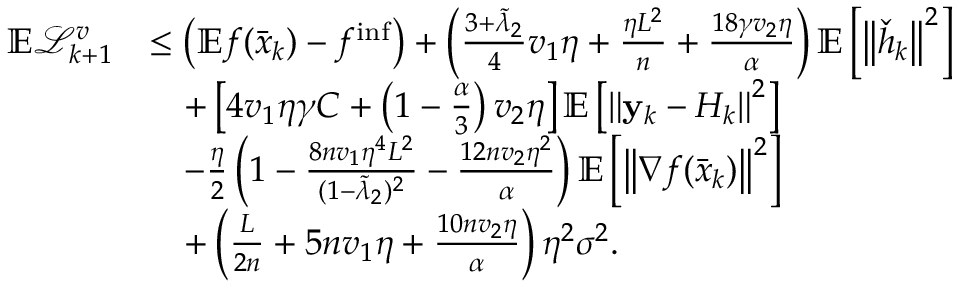
\begin{array} { r l } { \mathbb { E } \mathcal { L } _ { k + 1 } ^ { v } } & { \leq \left( \mathbb { E } f ( \bar { x } _ { k } ) - f ^ { \mathrm { i n f } } \right) + \left( \frac { 3 + \tilde { \lambda } _ { 2 } } { 4 } v _ { 1 } \eta + \frac { \eta L ^ { 2 } } { n } + \frac { 1 8 \gamma v _ { 2 } \eta } { \alpha } \right) \mathbb { E } \left[ \left\Vert \check { h } _ { k } \right\Vert ^ { 2 } \right] } \\ & { \quad + \left[ 4 v _ { 1 } \eta \gamma C + \left( 1 - \frac { \alpha } { 3 } \right) v _ { 2 } \eta \right] \mathbb { E } \left[ \left\Vert \mathbf { y } _ { k } - H _ { k } \right\Vert ^ { 2 } \right] } \\ & { \quad - \frac { \eta } { 2 } \left( 1 - \frac { 8 n v _ { 1 } \eta ^ { 4 } L ^ { 2 } } { ( 1 - \tilde { \lambda } _ { 2 } ) ^ { 2 } } - \frac { 1 2 n v _ { 2 } \eta ^ { 2 } } { \alpha } \right) \mathbb { E } \left[ \left\Vert \nabla f ( \bar { x } _ { k } ) \right\Vert ^ { 2 } \right] } \\ & { \quad + \left( \frac { L } { 2 n } + 5 n v _ { 1 } \eta + \frac { 1 0 n v _ { 2 } \eta } { \alpha } \right) \eta ^ { 2 } \sigma ^ { 2 } . } \end{array}